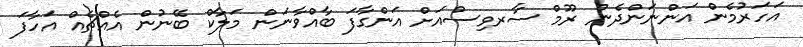
އަހަރުމެން އަންނަންދެން ރޫމް ސާރވިސްއަށް އަންގާފަ ބާއްވާނަން މަލާކް ބޭނުން އެއްޗެއް އަހާފަ